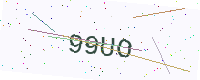
Text: 99UO